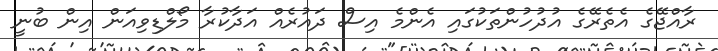
ރާއްޖޭގެ އެތެރޭގެ އުދުހުންތަކުގައި އެންމެ އިސް ދައުރެއް އަދާކުރާ މޯލްޑިވިއަން އިން ބުނީ